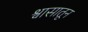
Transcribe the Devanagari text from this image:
श्वासातून